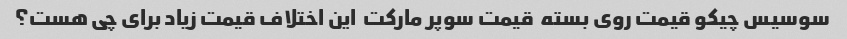
سوسیس چیکو قیمت روی بسته  قیمت سوپر مارکت  این اختلاف قیمت زیاد برای چی هست؟